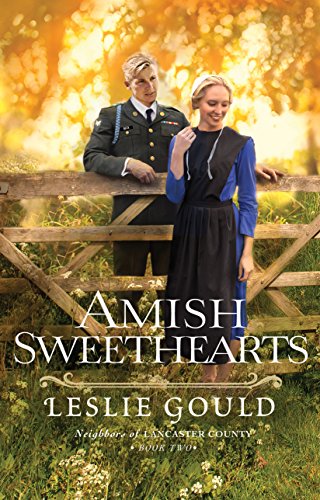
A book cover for Amish Sweethearts (Neighbors of Lancaster County); Leslie Gould; Romance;